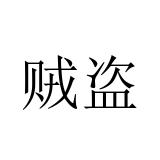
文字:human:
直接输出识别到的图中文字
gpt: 贼盗